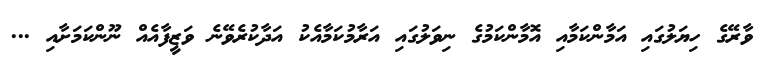
ވާރޭގެ ހިޔަލުގައި އަމާންކަމާއި އޮމާންކަމުގެ ނިވަލުގައި އަރާމުކަމާއެކު އަދާކުރެވޭނެ ވަޒީފާއެއް ނޫންކަމަށާއި ...